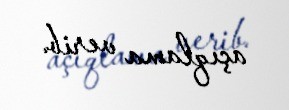
açıqlama verib.